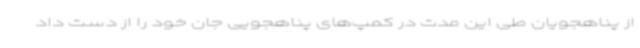
از پناهجویان طی این مدت در کمپ‌های پناهجویی جان خود را از دست داد